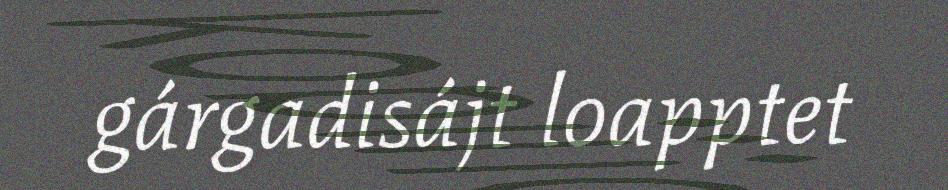
gárgadisájt loapptet